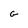
Character: G